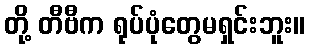
တို့ တီဗီက ရုပ်ပုံတွေမရှင်းဘူး။